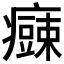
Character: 𱱫